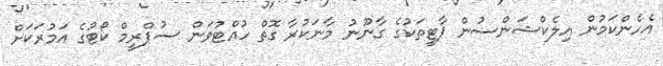
އެހެންކަމުން އިލެކްޝަންސުން ޕާޓީތަކުގެ ގާނޫނު މާނަކުރާ ގޮތް ހުއްޓުވަން ސުޕްރީމް ކޯޓުގެ އަމުރަކަށް